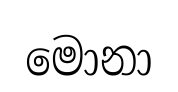
මොනා